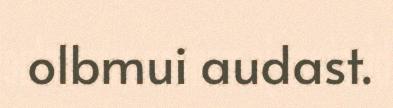
olbmui audast.